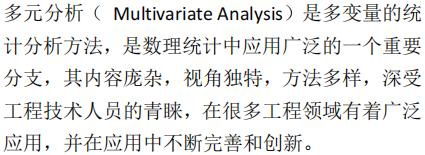
多元分析（ Multivariate Analysis）是多变量的统计分析方法，是数理统计中应用广泛的一个重要分支，其内容庞杂，视角独特，方法多样，深受工程技术人员的青睐，在很多工程领域有着广泛应用，并在应用中不断完善和创新。